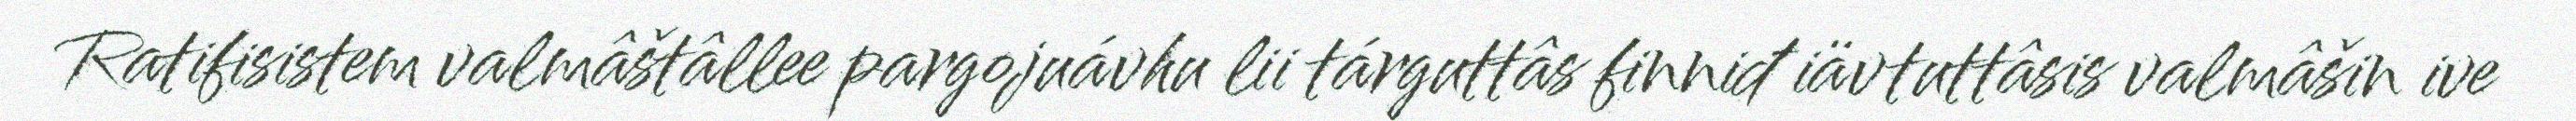
Ratifisistem valmâštâllee pargojuávhu lii tárguttâs finniđ iävtuttâsis valmâšin ive